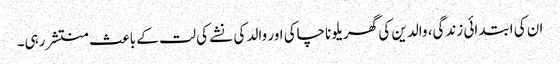
ان کی ابتدائی زندگی، والدین کی گھریلو ناچاکی اور والد کی نشے کی لت کے باعث منتشر رہی۔